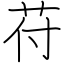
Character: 苻